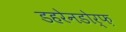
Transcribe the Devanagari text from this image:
डहरेनडोर्फ़